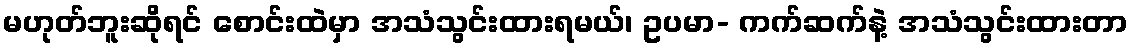
မဟုတ်ဘူးဆိုရင် စောင်းထဲမှာ အသံသွင်းထားရမယ်၊ ဥပမာ- ကက်ဆက်နဲ့ အသံသွင်းထားတာ